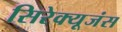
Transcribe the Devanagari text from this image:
सिरेक्यूजंस